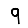
Digit: 9